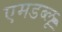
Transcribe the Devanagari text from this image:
एमडब्लू